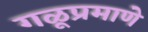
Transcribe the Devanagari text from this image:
गळूप्रमाणे